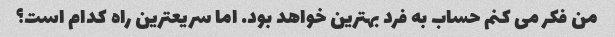
من فکر می کنم حساب به فرد بهترین خواهد بود. اما سریعترین راه کدام است؟